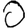
Digit: 0